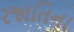
રજાતિના